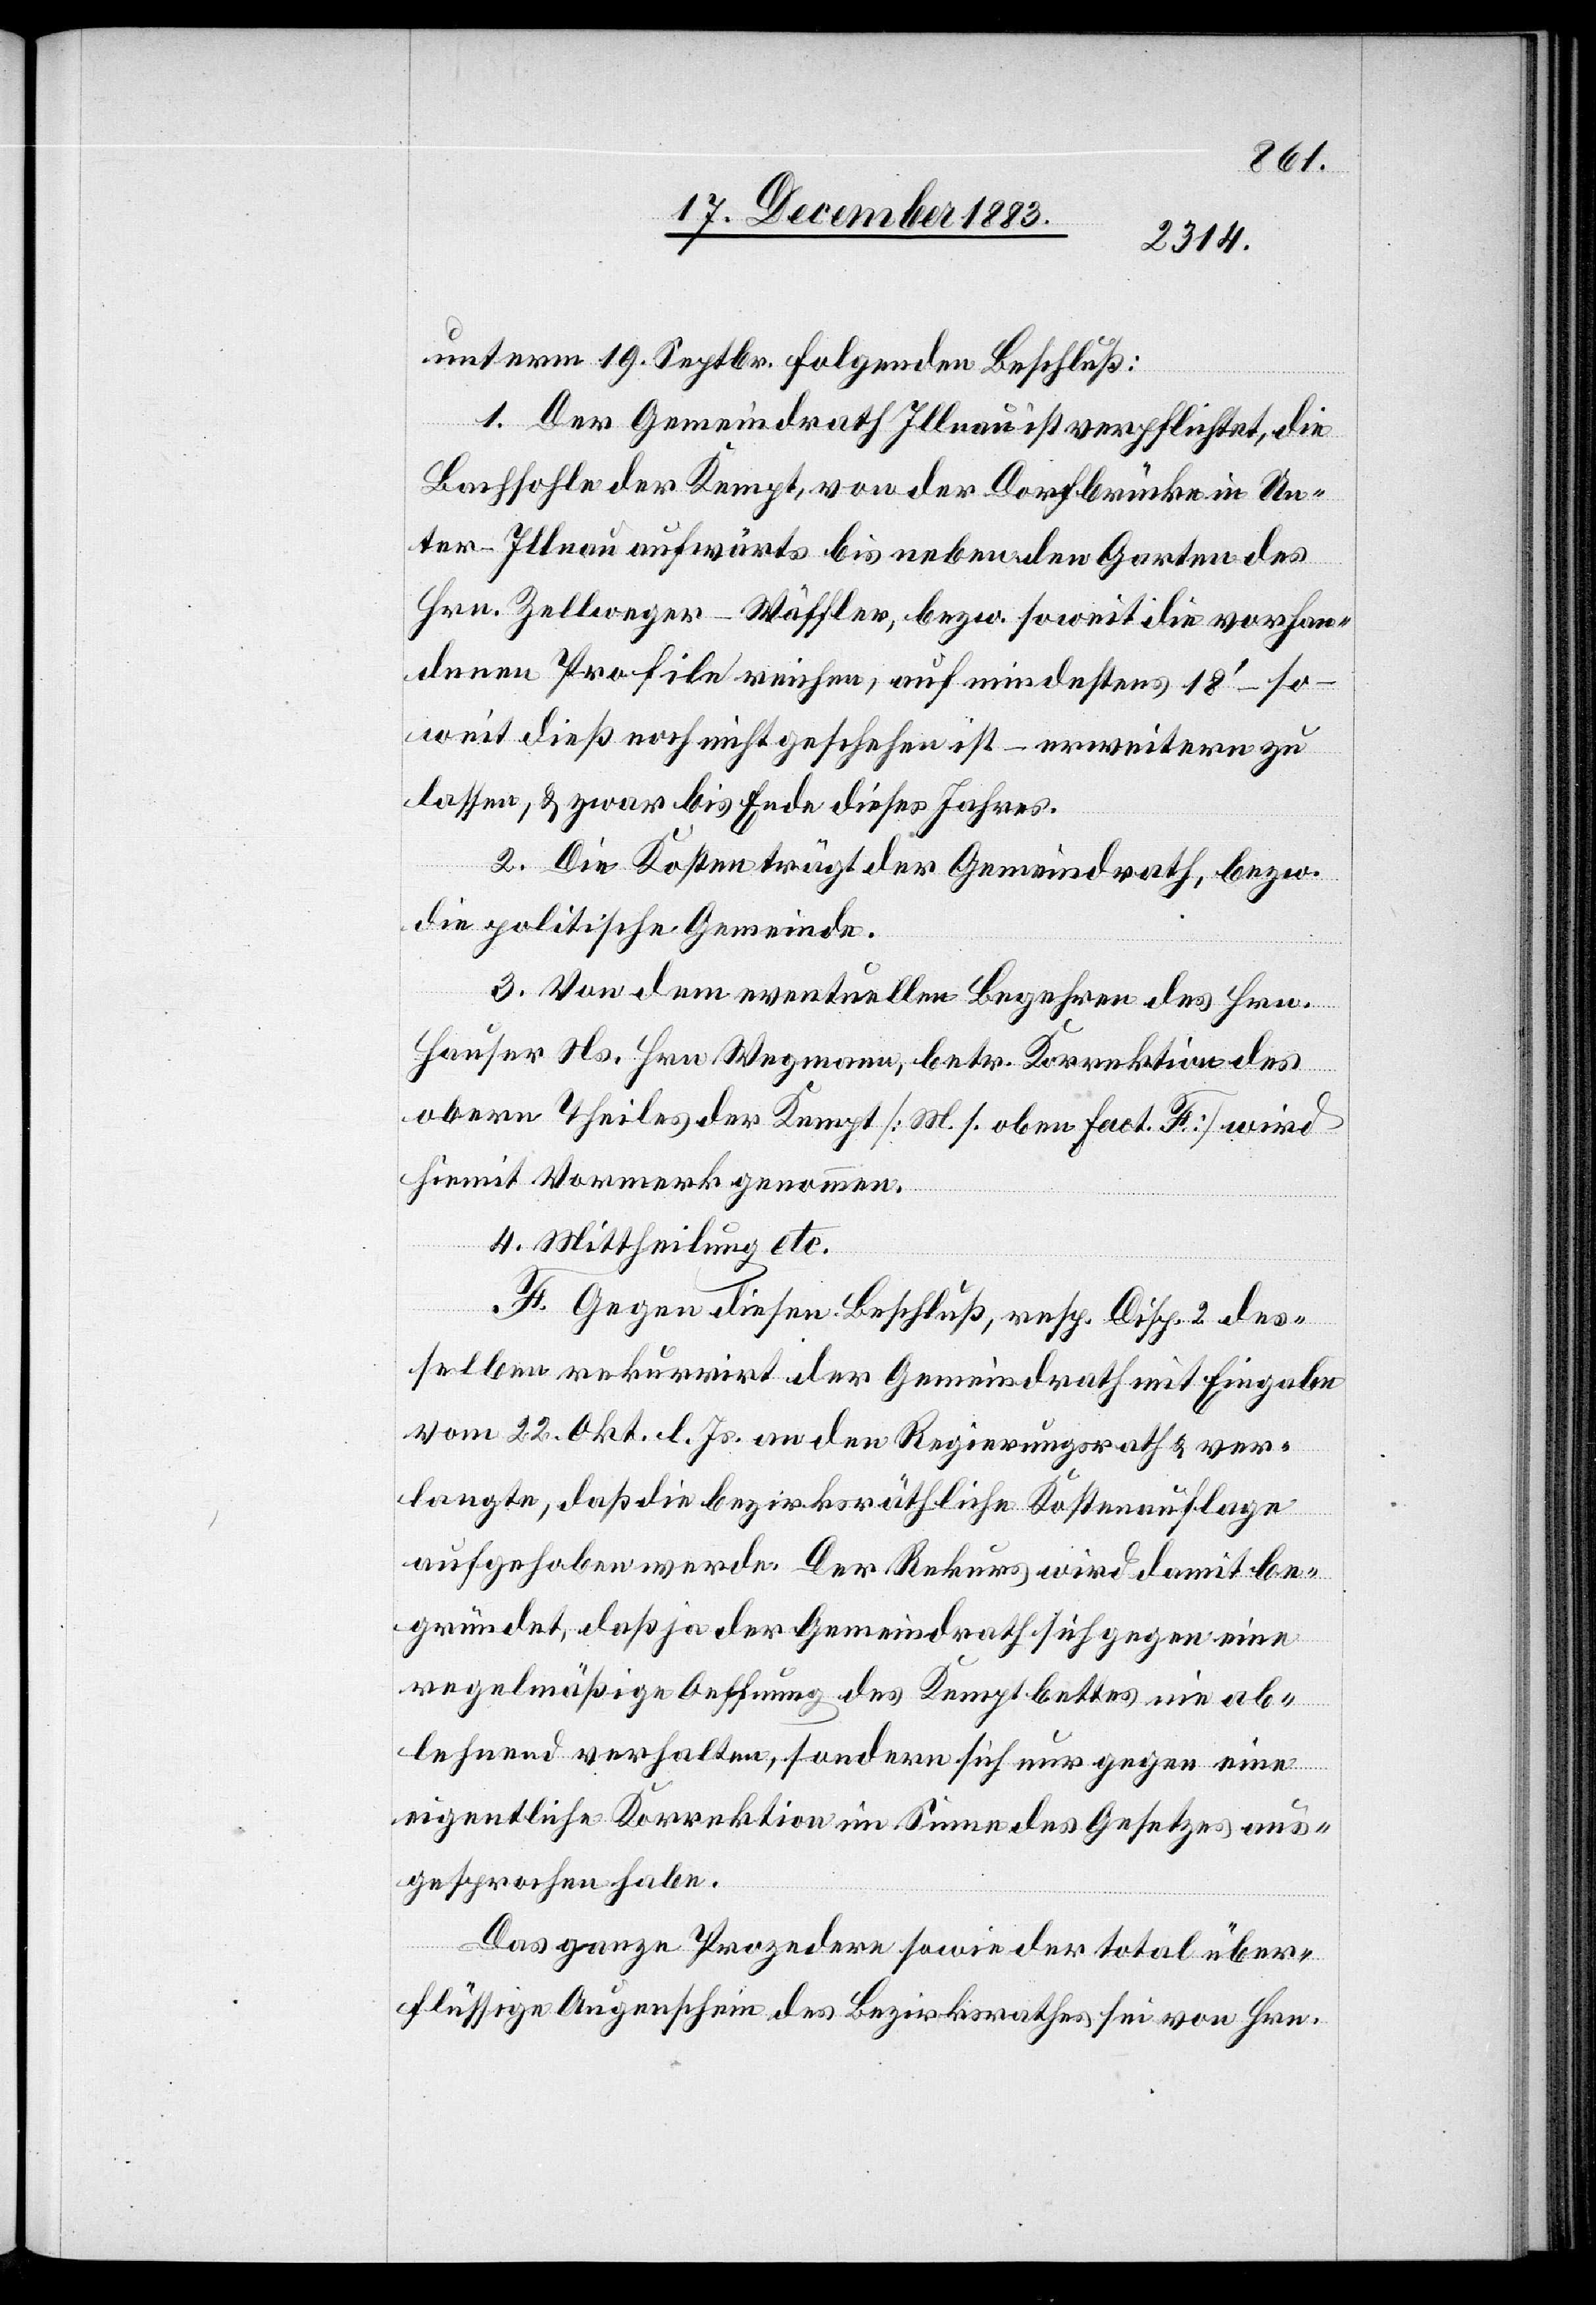
unterm 19. Septbr. folgenden Beschluß:
1. Der Gemeindrath Illnau ist verpflichtet, die
Bachsohle der Kempt, von der Dorfbrücke in Un¬
ter-Illnau aufwärts bis neben den Garten des
Hrn. Zellweger-Wäffler, bzw. soweit die vorhan¬
denen Profile reichen, auf mindestens 18‘ – so¬
weit dieß noch nicht geschehen ist – erweitern zu
lassen, & zwar bis Ende dieses Jahres.
2. Die Kosten trägt der Gemeindrath, bezw.
die politische Gemeinde.
3. Von dem eventuellen Begehren des Hrn.
Hauser Ns. Hrn. Wegmann, betr. Korrektion des
obern Theiles der Kempt [M. s. oben Fact. F] wird
hiemit Vormerk genommen.
4. Mittheilung etc.
F. Gegen diesen Beschluß, resp. Disp. 2 des¬
selben rekurrirt der Gemeindrath mit Eingabe
vom 22. Okt. l. Js. an den Regierungsrath & ver¬
langte, daß die bezirksräthliche Kostenauflage
aufgehoben werde. Der Rekurs wird damit be¬
gründet, daß ja der Gemeindrath sich gegen eine
regelmäßige Oeffnung des Kemptbettes nie ab¬
lehnend verhalten, sondern sich nur gegen eine
eigentliche Korrektion im Sinne des Gesetzes aus¬
gesprochen habe.
Das ganze Prozedere sowie der total über¬
flüssige Augenschein des Bezirksrathes sei von Hrn.